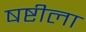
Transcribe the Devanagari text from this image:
षष्टीला